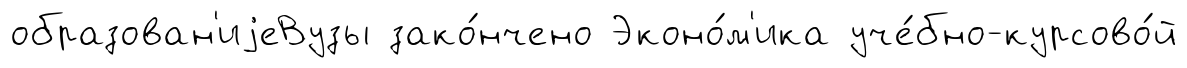
образован'иjеВузы зако́нчено Эконо́м'ика уче́бно-курсово́й